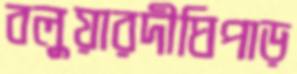
বলুয়ারদীঘিপাড়